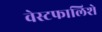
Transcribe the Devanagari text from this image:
वेस्टफालिशे